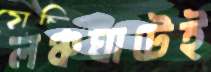
লঞ্চঘাটেই